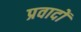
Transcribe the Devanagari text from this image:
प्रवादों